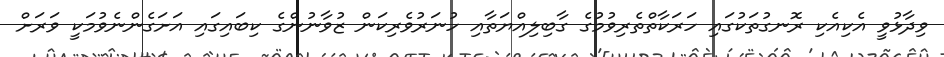
ވިދާޅުވީ އެކިއެކި ރޮނގުތަކުގައި ހަރަކާތްތެރިވުމުގެ ގާބިލިއްޔަތާއި ހުނަރުވެރިކަން ޒުވާނުންގެ ކިބައިގައި އަށަގެންނެވުމަކީ ވަރަށް